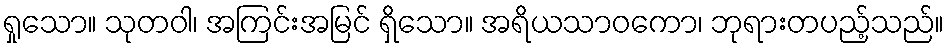
ရှုသော။ သုတဝါ၊ အကြင်းအမြင် ရှိသော။ အရိယသာဝကော၊ ဘုရားတပည့်သည်။